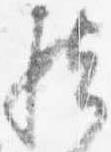
然